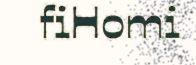
fiHomi